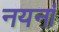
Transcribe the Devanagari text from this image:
नयनां